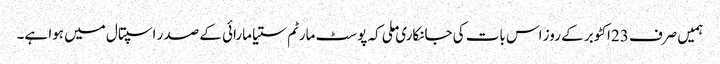
ہمیں صرف 23اکٹوبر کے روز اس بات کی جانکاری ملی کہ پوسٹ مارٹم ستیا مارائی کے صدر اسپتال میں ہوا ہے۔